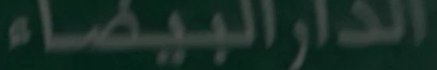
الدار البيضاء